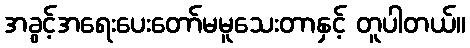
အခွင့်အရေးပေးတော်မမူသေးတာနှင့် တူပါတယ်။